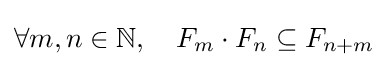
\forall m,n\in \mathbb {N} ,\quad F_{m}\cdot F_{n}\subseteq F_{n+m}